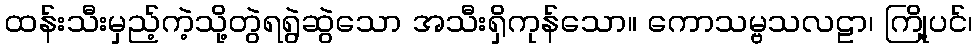
ထန်းသီးမှည့်ကဲ့သို့တွဲရရွဲဆွဲသော အသီးရှိကုန်သော။ ကောသမ္ဗသလဠာ၊ ကြို့ပင်၊